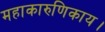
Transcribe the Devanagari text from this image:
महाकारुणिकाय।